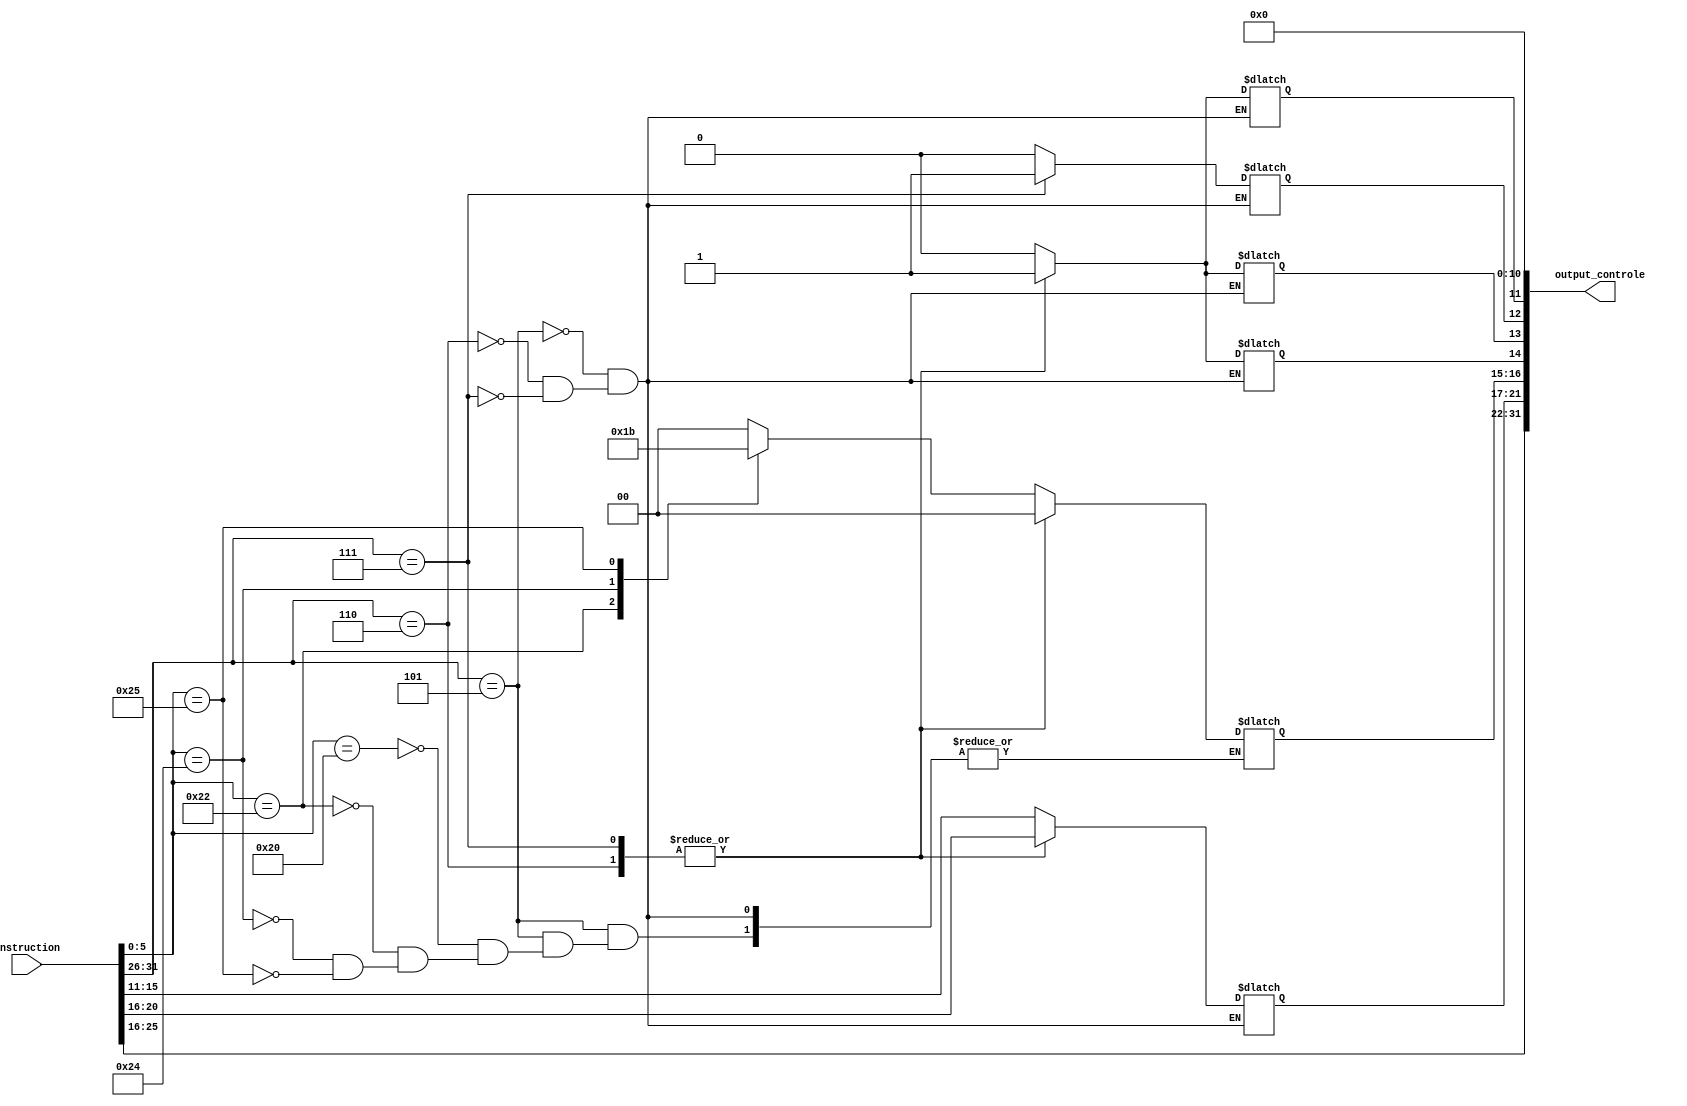
module controle(instruction, output_controle);
	
	input [31:0] instruction;
	output [31:0] output_controle;
	
	reg wr, ce;
	reg mux1_ctrl, mux2_ctrl;
	reg [1:0] alu_control;
	reg [5:0] op;
	reg [4:0] rs,rt,rd;
	reg [5:0] code;
	
	
	always @(instruction) 
	begin
		op = instruction[31:26];
		rs = instruction[25:21];
		rt = instruction[20:16];
		code = instruction[5:0];
		
		case(op)
			5:  //ALU
				begin
				case(code)
					32: alu_control = 0; // adicao
					34: alu_control = 1; // subtracao
					36: alu_control = 2; // and
					37: alu_control = 3; // or
				endcase
				rd = instruction[15:11];
				mux1_ctrl = 0;
				mux2_ctrl = 0;
				wr = 0;
				ce = 0;
				end
			6: //load
				begin
				mux1_ctrl = 1;
				alu_control = 0;
				mux2_ctrl = 1;
				wr = 0;
				ce = 1;
				rd = rt;
				end
			7: //store
				begin
				mux1_ctrl = 1;
				alu_control = 0;
				mux2_ctrl = 1;
				wr = 1;
				ce = 1;
				rd = rt;
				end
		endcase
		
	end
	
		assign output_controle	= {rs, rt, rd, alu_control, mux1_ctrl, mux2_ctrl, wr, ce, 11'b0};
		
endmodule